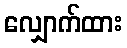
လျှောက်ထား